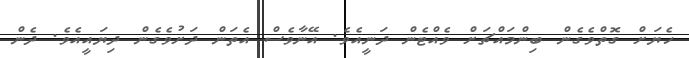
ހެޔަށް ގޮތްވެގެން ބިންމައްޗަށް ވެއްޓެން ދަނީއެވެ. އޭނާވެސް އެތަން ދަށުވެގެން ދިޔައީއެވެ. ދެން